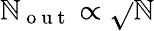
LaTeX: \mathbb{N}_{\mathrm{{~o~u~t~}}}\propto\sqrt{}{{\mathbb{N}}}